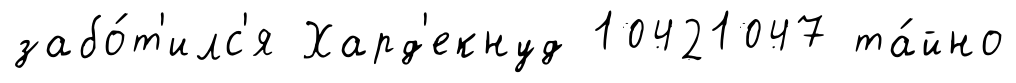
забо́т'илс'я Хард'екнуд 10421047 та́йно